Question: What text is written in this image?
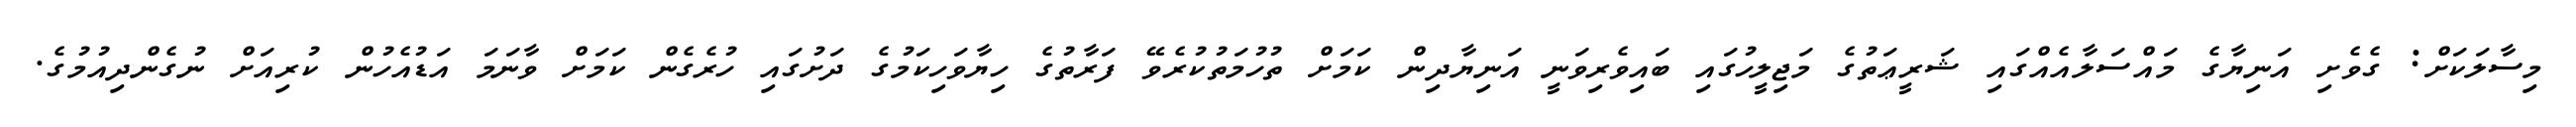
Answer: މިސާލަކަށް: ގެވެށި އަނިޔާގެ މައްސަލާއެއްގައި ޝަރީޢަތުގެ މަޖިލީހުގައި ބައިވެރިވަނީ އަނިޔާދިން ކަމަށް ތުހުމަތުކުރެވޭ ފަރާތުގެ ހިޔާވަހިކަމުގެ ދަށުގައި ހުރެގެން ކަމަށް ވާނަމަ އަޑުއެހުން ކުރިއަށް ނުގެންދިއުމުގެ.